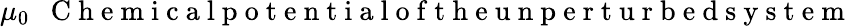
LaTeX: \mu_{0}~~\mathrm{~C~h~e~m~i~c~a~l~p~o~t~e~n~t~i~a~l~o~f~t~h~e~u~n~p~e~r~t~u~r~b~e~d~s~y~s~t~e~m~}